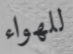
للهواء